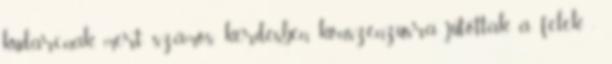
kudarcnak, mert számos kérdésben konszenzusra jutottak a felek -